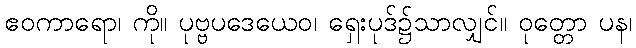
ဧဝကာရော၊ ကို။ ပုဗ္ဗပဒေယေဝ၊ ရှေးပုဒ်၌သာလျှင်။ ဝုတ္တော ပန၊